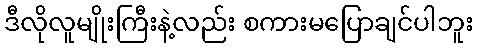
ဒီလိုလူမျိုးကြီးနဲ့လည်း စကားမပြောချင်ပါဘူး